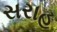
સરાહ